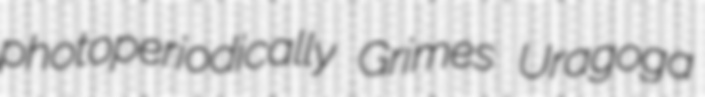
photoperiodically Grimes Uragoga